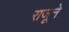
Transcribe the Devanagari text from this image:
राजूने